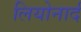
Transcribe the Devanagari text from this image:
लियोनार्द